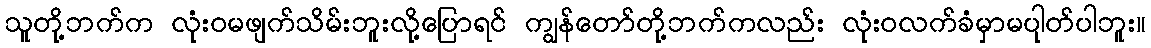
သူတို့ဘက်က လုံးဝမဖျက်သိမ်းဘူးလို့ပြောရင် ကျွန်တော်တို့ဘက်ကလည်း လုံးဝလက်ခံမှာမပာုတ်ပါဘူး။